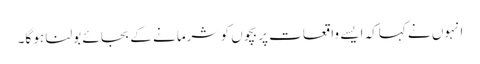
انہوں نے کہاکہ ایسے واقعات پر بچوں کو شرمانے کے بجائے بولنا ہو گا۔